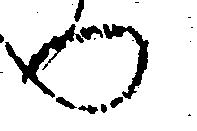
へ